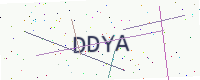
Text: DDYA